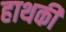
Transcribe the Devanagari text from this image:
हाथकी